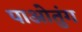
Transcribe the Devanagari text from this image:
पाओतुंग